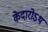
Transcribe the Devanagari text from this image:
केदारोऽथ